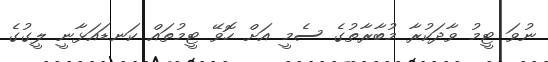
ނުވަ ޓީމު ވާދަކުރާ މުބާރާތުގެ ސެމީ އަށް ހޮވޭ ޓީމުތައް ކަނޑައަޅާނީ ލީގުގެ